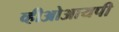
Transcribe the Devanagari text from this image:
व्हीओआयपी